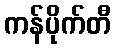
ကန်ပိုက်တီ